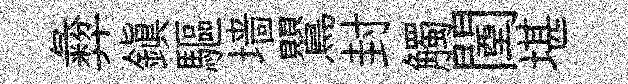
彜鎮驅墙鸎封觸闉堪